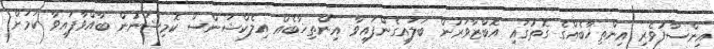
އިންސާފުވެރި އިންތިޚާބެއްގެ ގޮތުގައި އޮބްޒާވަރުން ބަލައިގެންފައިވާ އިންތިޚާބެއް އިލެކްޝަންސް ކޮމިޝަނުން ބާއްވާފައިވާ ކަމަށް